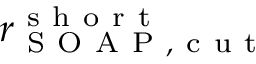
r _ { \mathrm { ~ S ~ O ~ A ~ P ~ , ~ c ~ u ~ t ~ } } ^ { \mathrm { ~ s ~ h ~ o ~ r ~ t ~ } }